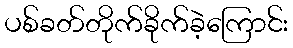
ပစ်ခတ်တိုက်ခိုက်ခဲ့ကြောင်း